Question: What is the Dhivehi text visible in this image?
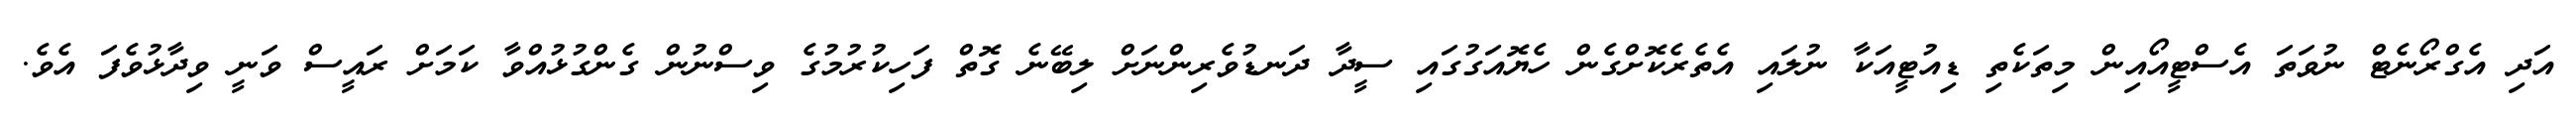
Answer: އަދި އެގްރޯނެޓް ނުވަތަ އެސްޓީއޯއިން މިތަކެތި ޑިއުޓީއަކާ ނުލައި އެތެރެކޮށްގެން ހެޔޮއަގުގައި ސީދާ ދަނޑުވެރިންނަށް ލިބޭނެ ގޮތް ފަހިކުރުމުގެ ވިސްނުން ގެންގުޅުއްވާ ކަމަށް ރައީސް ވަނީ ވިދާޅުވެފަ އެވެ.